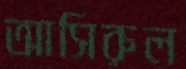
আসিরুল